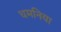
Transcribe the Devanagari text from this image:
धमनिया